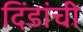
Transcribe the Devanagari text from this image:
दिंडांची